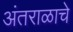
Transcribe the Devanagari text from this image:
अंतराळाचे